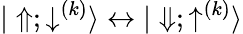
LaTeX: {|\Uparrow;\downarrow^{(k)}\rangle\leftrightarrow|\Downarrow;\uparrow^{(k)}\rangle}